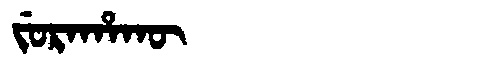
Manchu: ᠵᡠᡵᠠᡥᠠᡴᡡ
Romanization: JURAHAKŪ